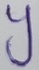
Text: Y